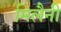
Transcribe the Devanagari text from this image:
मिलैनी